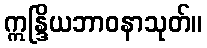
ဣန္ဒြိယဘာဝနာသုတ်။